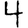
Digit: 4